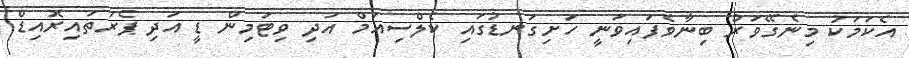
އެކަމަކު މިނެގޭވަރު ބިނާވެފައިވަނީ ހަށިގަނޑުގައި ކެލްސިއަމް އަދި ވިޓަމިން ޑީ އަދި ޕެރަތައިރޮއިޑް